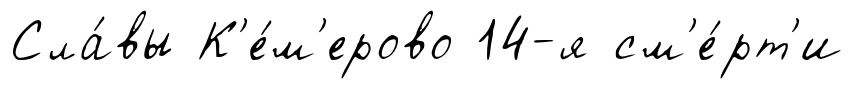
Сла́вы К'е́м'ерово 14-я см'е́рт'и